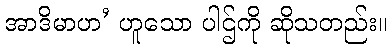
အာဒိမာဟ’ ဟူသော ပါဌ်ကို ဆိုသတည်း။